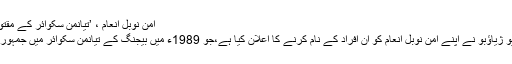
امن نوبل انعام ، ’تیانمن سکوائر کے مقتولین کے نام ‘ | حالات حاضرہ | DW | 11.10.2010
چینی حکومت کے ناقد، یونیورسٹی پروفيسر اور اديب لِیُو ژياؤبو نے اپنے امن نوبل انعام کو ان افراد کے نام کرنے کا اعلان کیا ہے،جو 1989ء میں بیجنگ کے تیانمن سکوائر میں جمہوریت کے حق میں مظاہروں کے دوران ہلاک ہوئے تھے۔